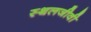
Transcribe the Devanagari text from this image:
स्थलजीवी